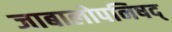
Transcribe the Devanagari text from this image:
जाबालोपनिषद्